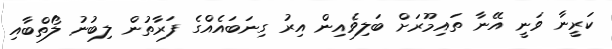
ކަރީނާ ވަނީ އޭނާ ތައިމޫރަށް ބަލިވެއިން އިރު ގިނަބައެއްގެ ފަރާތުން ލިބުނު ލޯތްބާއި